Indian journal of veterinary science and animal husbandry - Volume 6,
Year: 1936
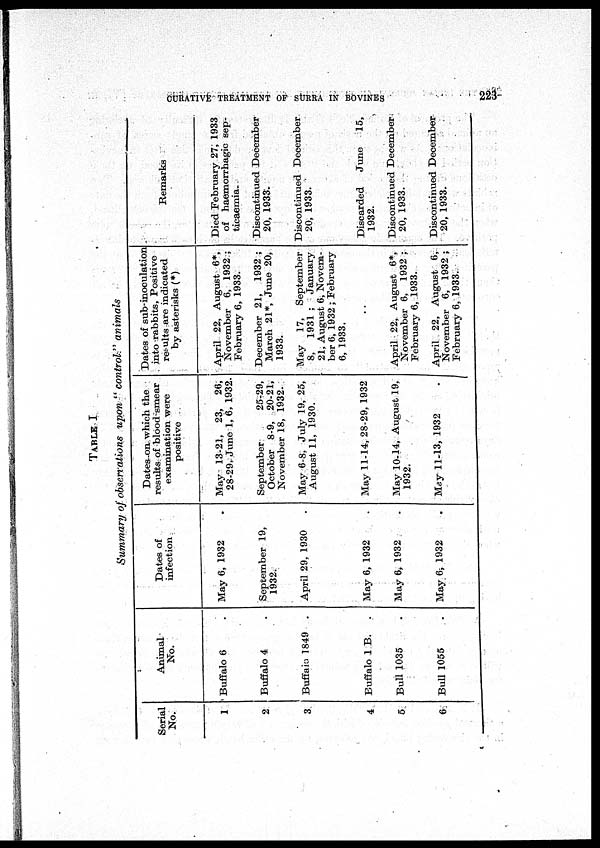
CURATIVE TREATMENT OF SURRA IN BOVINES
223
TABLE I
Summary of observations upon " control " animals
Serial
No.
1
2
3
4
5
6
Animal
No.
Buffalo 6 .
Buffalo 4 .
Buffaio 1849 .
Buffalo 1B. .
Bull 1035 .
Bull 1055 .
Dates of
infection
May 6, 1932 .
September 19,
1932.
April 29, 1930
.
May 6, 1932 .
May 6, 1932 .
May 6, 1932 .
Dates-on. which the
results of blood smear
examination were
positive
May 13-21, 23, 26,
28-29, June 1, 6, 1932.
September
25-29,
October 8-9, 20-21,
November 18, 1932.
May 6-8, July 19, 25,
August 11, 1930.
May 11-14, 28-29, 1932
May 10-14, August 19,
1932.
May 11-13, 1932
Dates of sub-inoculation
into rabbits, Positive
results are indicated
by asterisks (*)
April 22, August 6*,
November 6, 1932 ;
February 6, 1933.
December 21, 1932 ;
March 21*, June 20,
1933.
May 17, September
8, 1931 ; January
21, August 6, Novem-
ber 6, 1932 ; February
6, 1933.
April 22, August 6*,
November 6, 1932 ;
February 6, 1933.
April 22, August 6,
November 6, 1932 ;
February 6, 1933.
Remarks
Died February 27, 1933
of haemorrhagic sep-
ticaemia.
Discontinued December
20, 1933.
Discontinued December
20, 1933.
Discarded
June
15,
1932.
Discontinued December
20, 1933.
Discontinued December
20, 1933.